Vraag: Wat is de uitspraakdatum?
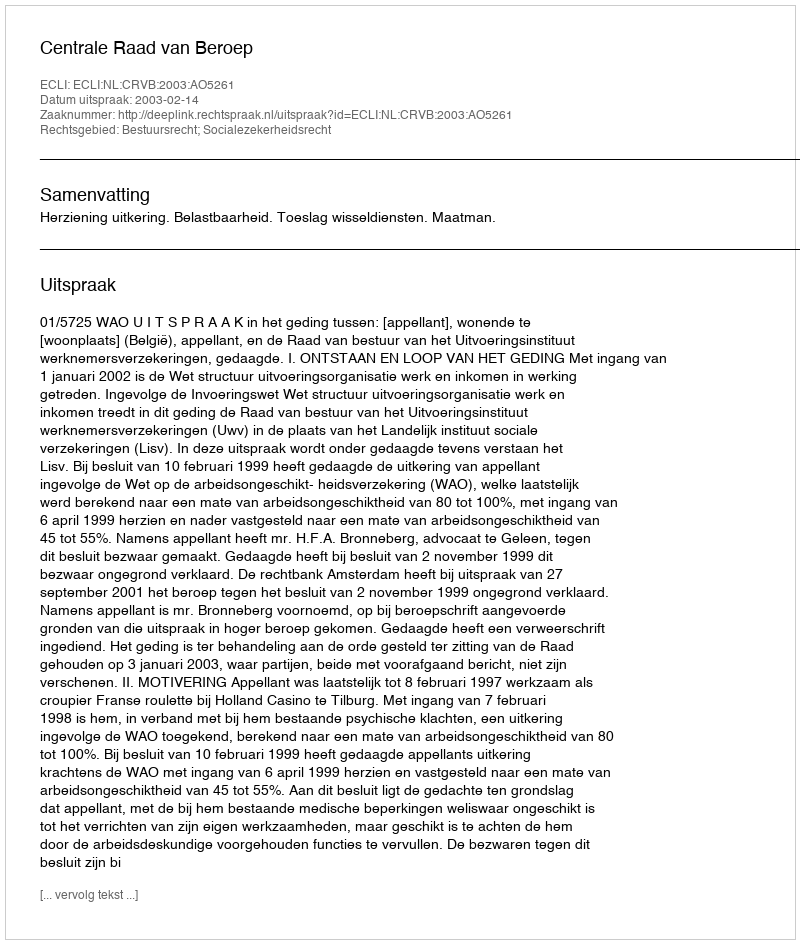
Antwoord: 2003-02-14